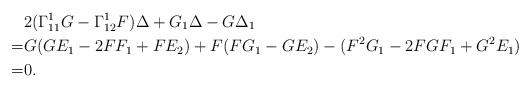
LaTeX: \begin{align*}& 2(\Gamma^1_{11}G-\Gamma^1_{12}F) \Delta +G_1\Delta-G\Delta_1 \\= & G(GE_1-2FF_1+FE_2)+F(FG_1-GE_2)-(F^2G_1-2FGF_1+G^2E_1) \\= & 0.\end{align*}